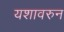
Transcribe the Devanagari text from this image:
यशावरुन